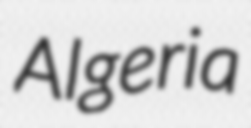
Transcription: Algeria